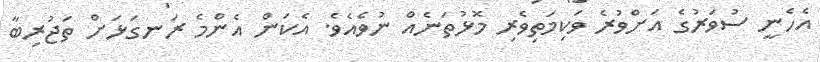
އެހެނީ ސުވަރުގެ އަށްވުރެ ވަކިމަތިވެރި މޮޅުތަނެއް ނުވެއެވެ. އެކަން އެންމެ ރަނގަޅަށް ތަޖުރިބާ